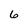
Character: 6